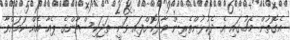
އެގޮތުން މެޗުގައި އެ ދެކުޅުންތެރިން ވާދަކޮށްފައި ވަނީ ތަޖަކިސްތާންގެ ޕެއާ އެއް ކަމަށްވާ